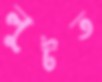
লুটত